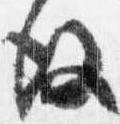
後